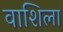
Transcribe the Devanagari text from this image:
वाशिला